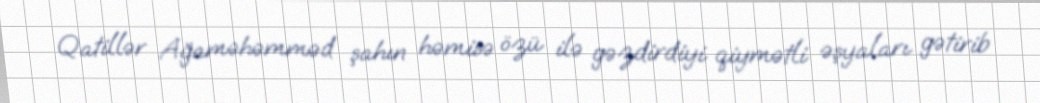
Qatillər Ağaməhəmməd şahın həmisə özü ilə gəzdirdiyi qiymətli əşyaları gətirib